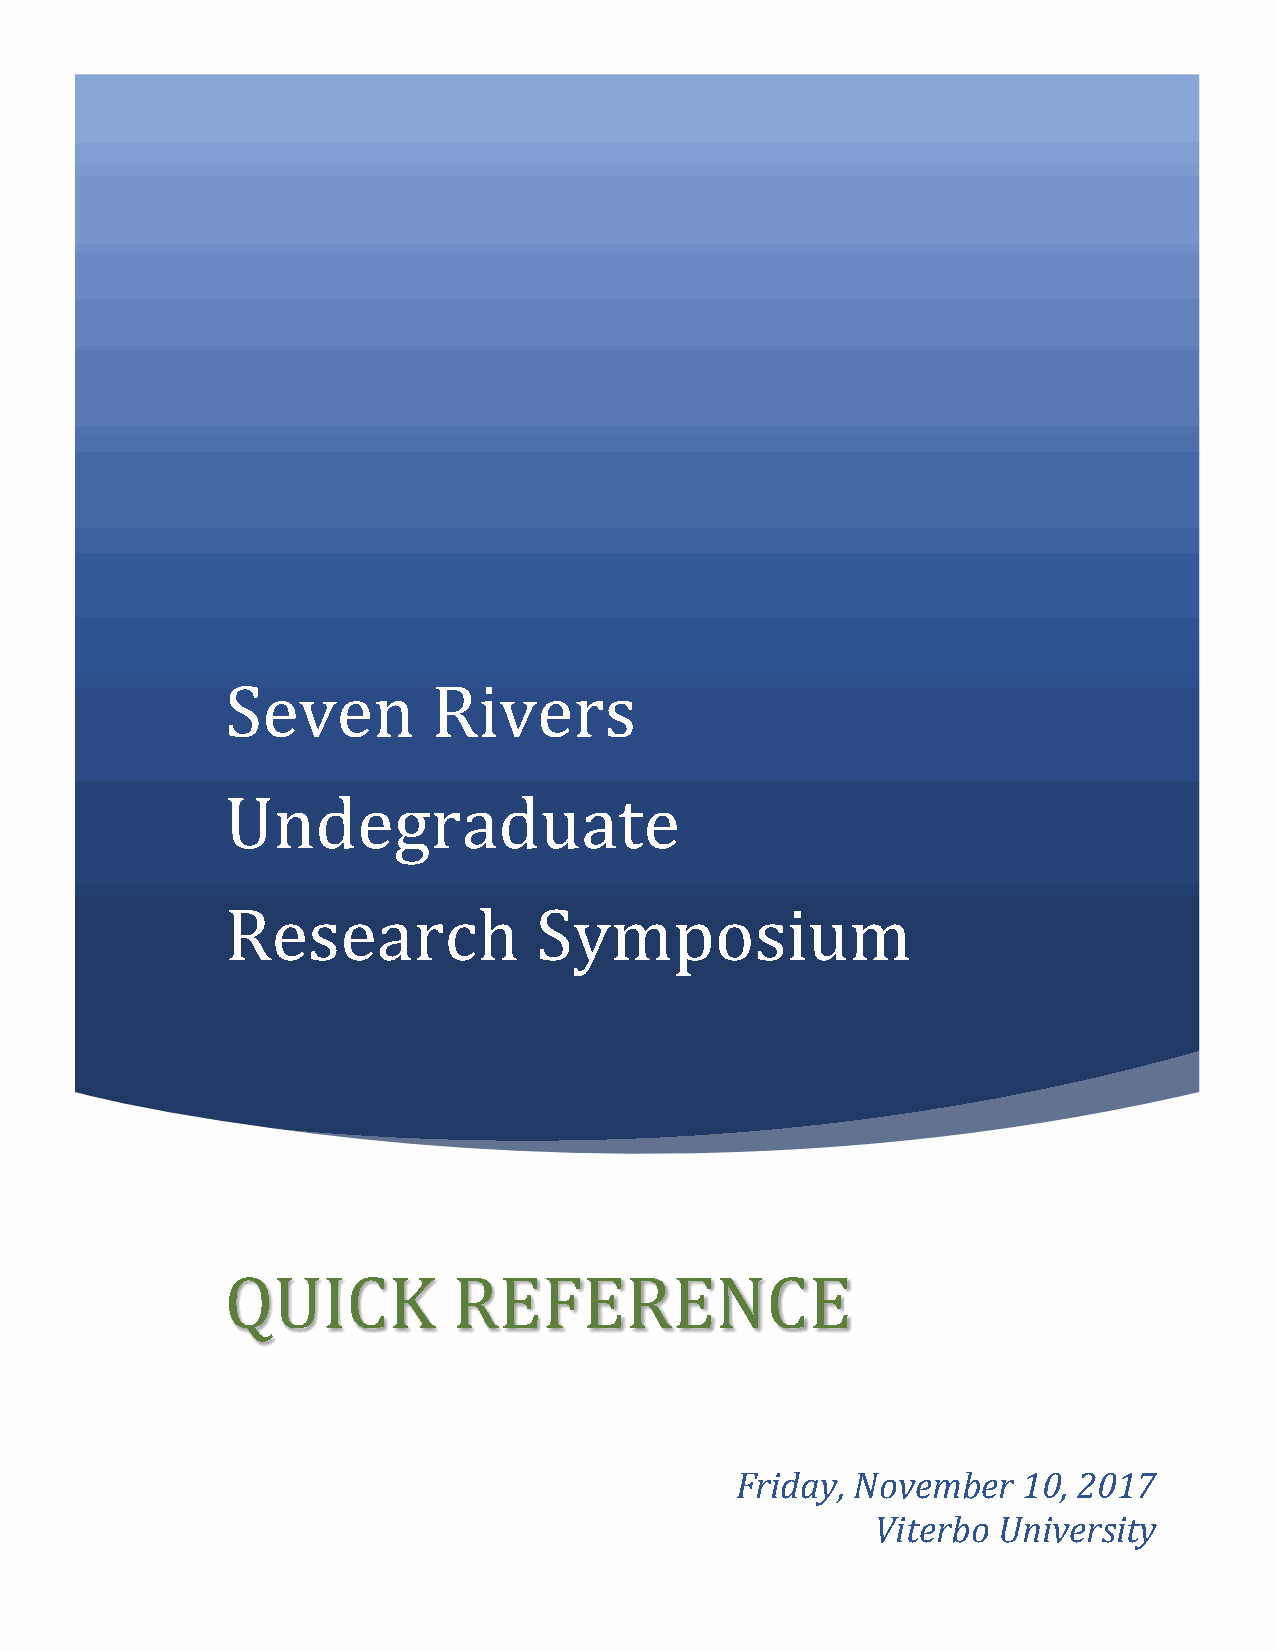
Seven         Rivers
 Undegraduate
 Research            Symposium
 QUICK          REFERENCE
 Friday, November   10, 2017
 Viterbo University